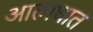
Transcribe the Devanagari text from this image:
आत्‍मघात